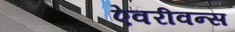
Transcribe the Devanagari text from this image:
ऐवरीवन्स